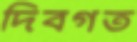
দিবগত